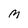
Character: M